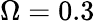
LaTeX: \Omega=0.3